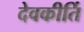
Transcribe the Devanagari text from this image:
देवकीर्ति